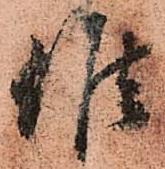
候